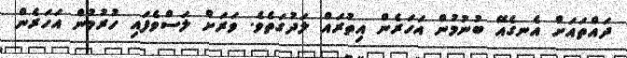
ދައްތައަށް އެނގެއޭ ބުނުމުން އަހަރެން އިތުރައް ލަދުގަތެވެ. ވަރަށް ލަސްވެފައި ހުރުމުން އަހަރެން